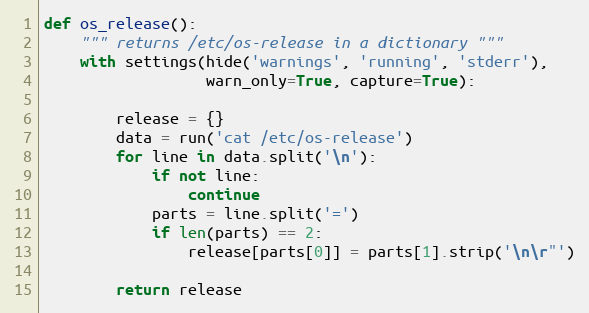
Language: Python
def os_release():
    """ returns /etc/os-release in a dictionary """
    with settings(hide('warnings', 'running', 'stderr'),
                  warn_only=True, capture=True):

        release = {}
        data = run('cat /etc/os-release')
        for line in data.split('\n'):
            if not line:
                continue
            parts = line.split('=')
            if len(parts) == 2:
                release[parts[0]] = parts[1].strip('\n\r"')

        return release